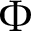
\Phi